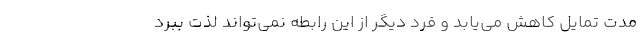
مدت تمایل کاهش می‌یابد و فرد دیگر از این رابطه نمی‌تواند لذت ببرد